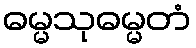
ဓမ္မသုဓမ္မတံ